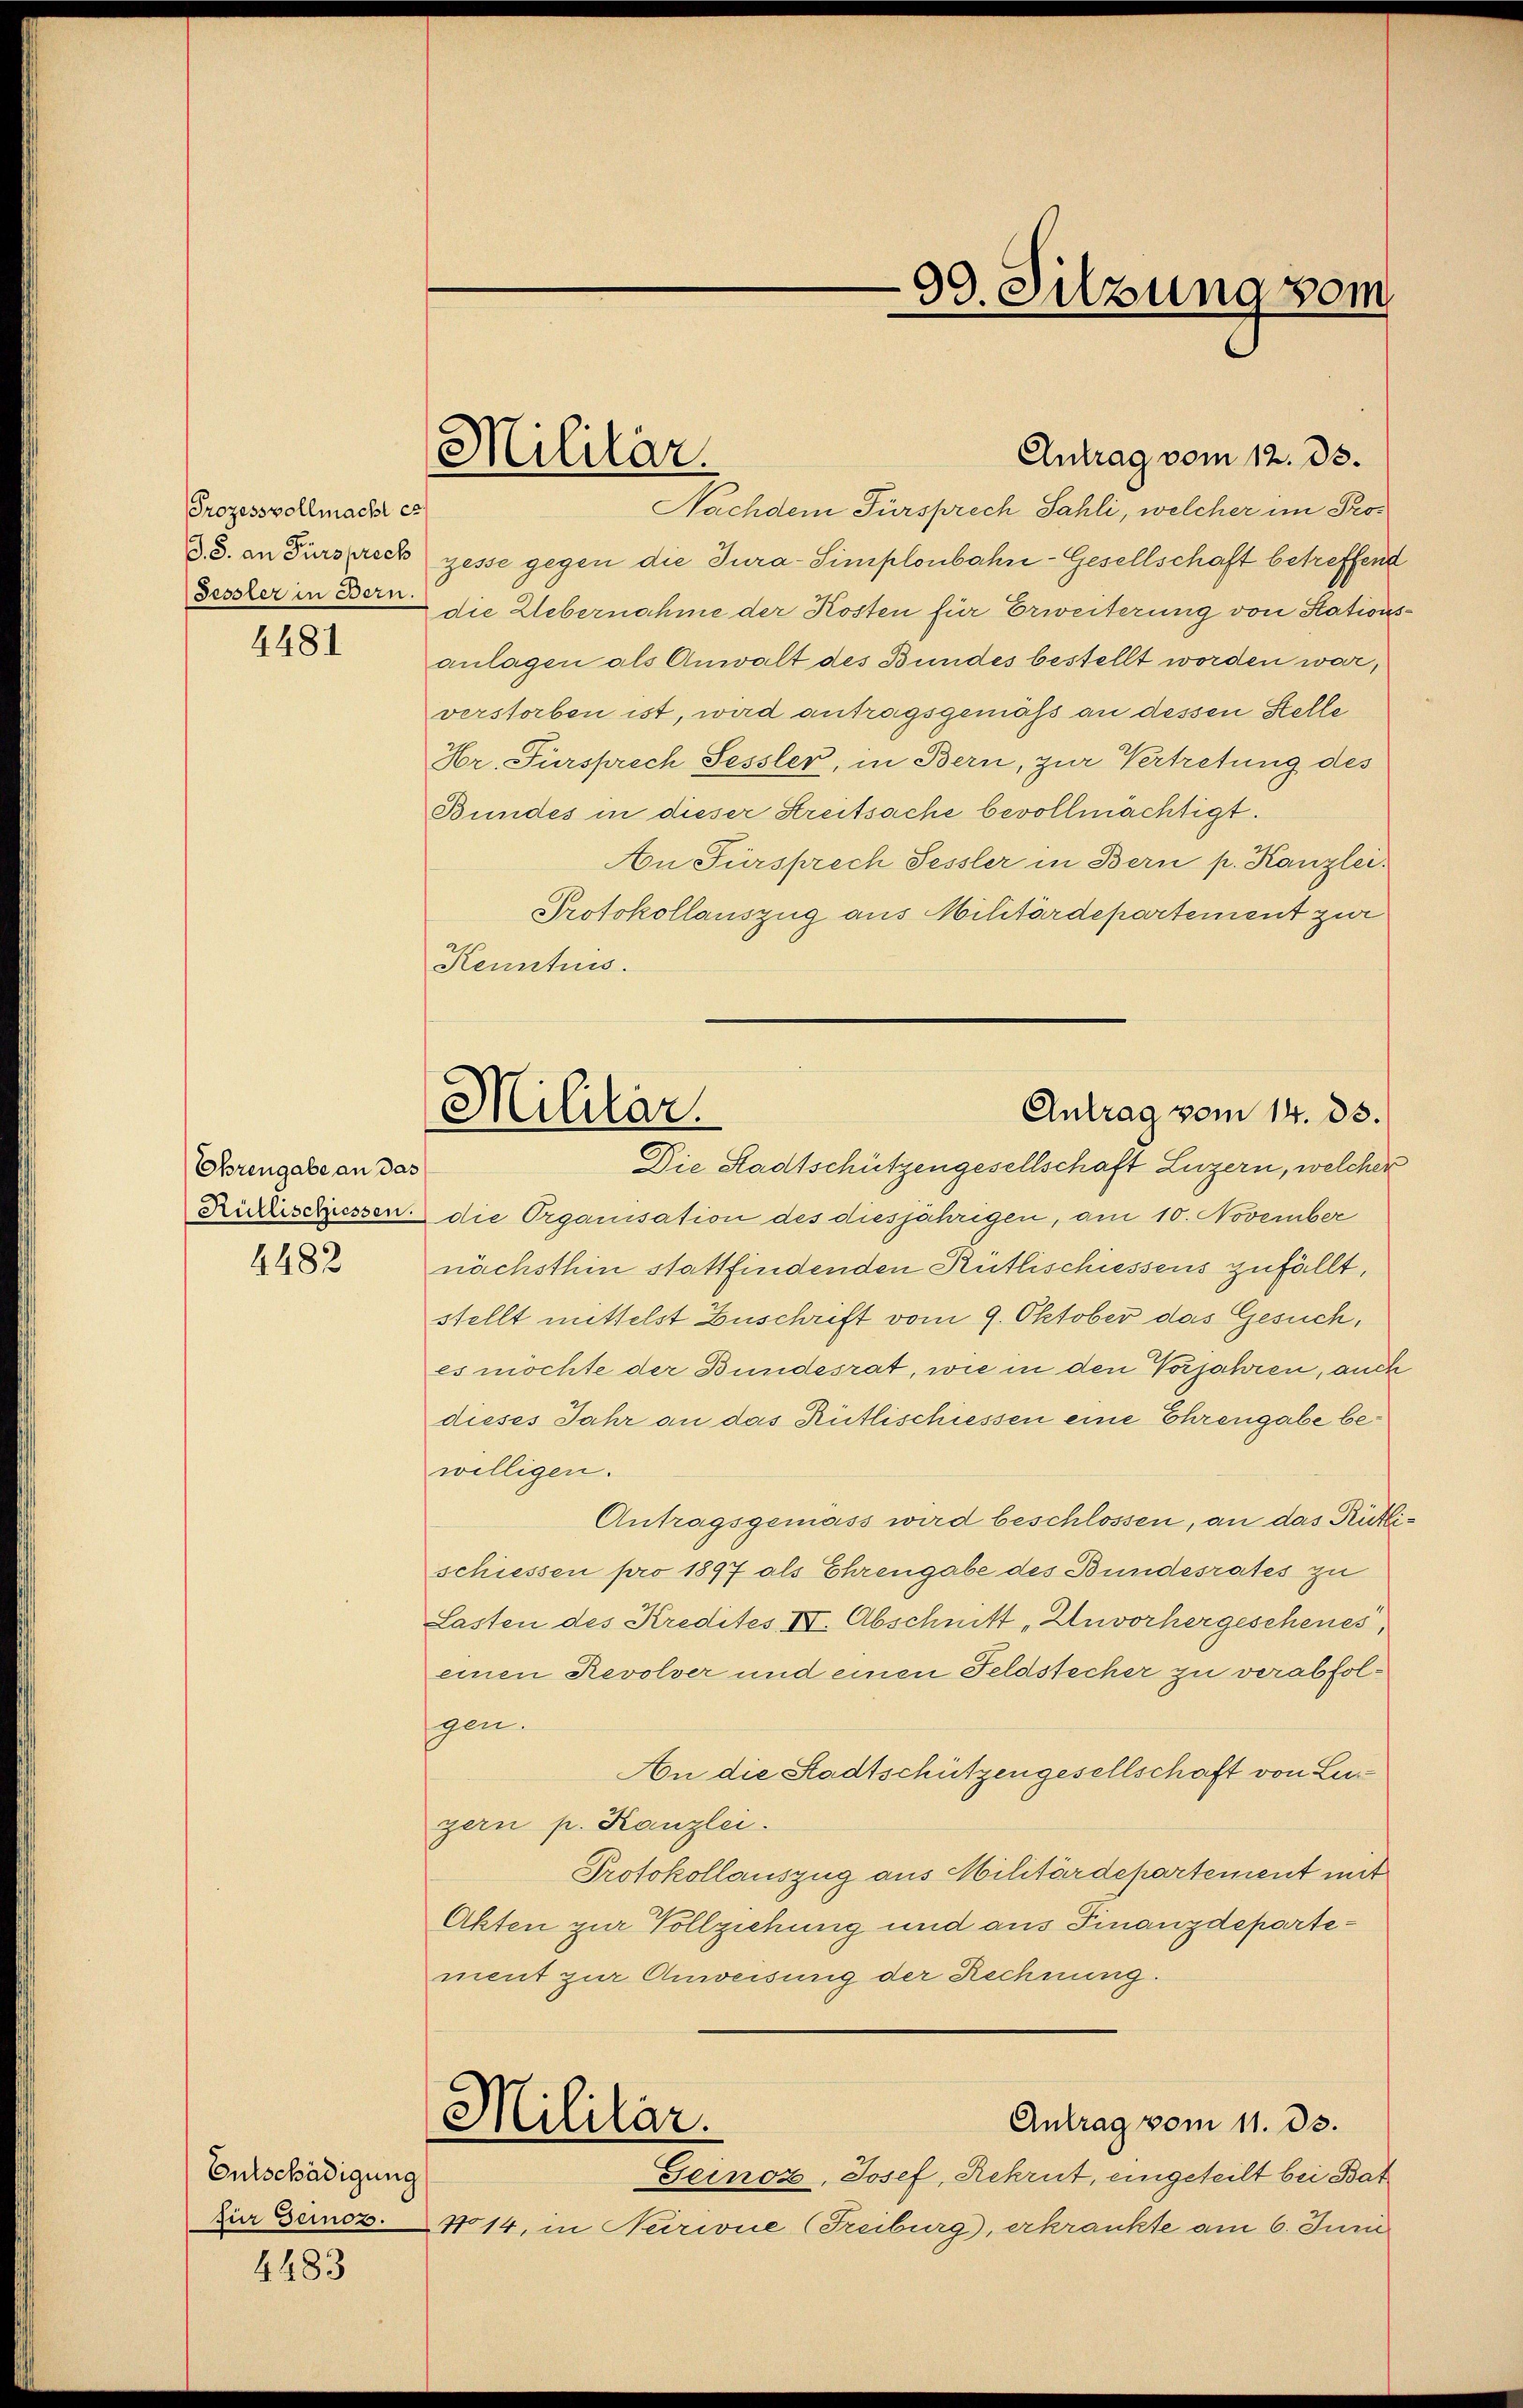
Prozessvollmacht ca

4481

Ohrengabe an das
Rüllischiessen.

4482

Entschädigung
für Seines.

4483

Militär.

Antrag vom 14. ds.
Militär.

Antrag vom 12. ds.
Nachdem Fürsprech Sahli, welcher im Prod. d. an Fürsprech gesse gegen die Jura-Simplonbahn-Gesellschaft betreffend
Fessler in Bern die Uebernahme der Kosten für Erweiterung von Stations
anlagen als Anwalt des Bundes bestellt worden war,
verstorben ist, wird antragsgemäß an dessen Stelle
Hr. Fürsprech Sessler, in Bern, zur Vertretung des
Bundes in dieser Streitsache bevollmächtigt.
An Fürsprech Fessler in Bern p. Kanzlei.
Protokollauszug aus Militärdepartement zur
Kenntnis.
Die Stadtschützengesellschaft Luzern, welcher
die Organisation des diesjährigen, am 10. November
nächsthin stattfindenden Rütlischiessens zufällt,
stellt mittelst Zuschrift vom 9. Oktober das Gesuch,
es möchte der Bundesrat, wie in den Vorjahren, auch
dieses Jahr an das Rütlischiessen eine Ehrengabe bewilligen.
Antragsgemäss wird beschlossen, an das Rütti
schiessen pro 1897 als Ehrengabe des Bundesrates zu
Lasten des Kredites IV. Abschnitt „Unvorhergeschenes,
einen Revolver und einen Feldstecher zu verabfolgen.
An die Stadtschützengesellschaft von Lugern p. Kanzlei.
Protokollauszug aus Militärdepartement mit
Akten zur Vollziehung und aus Finanzdepartement zur Anweisung der Rechnung.
Mililar.
Antrag vom 11. ds.
Geinoz, Josef, Rekrut, eingeteilt bei Bat
No 14, in Neriue (Freiburg, erkrankte am 6. Juni

99. Silzung vom